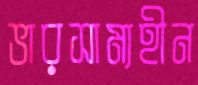
ভারসাম্যহীন